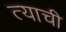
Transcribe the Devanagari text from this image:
त्‍याची